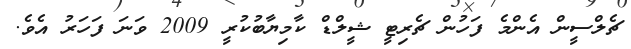
ޗެލްސީން އެންމެ ފަހުން ޗެރިޓީ ޝީލްޑް ކާމިޔާބުކުރީ 2009 ވަނަ ފަހަރު އެވެ.